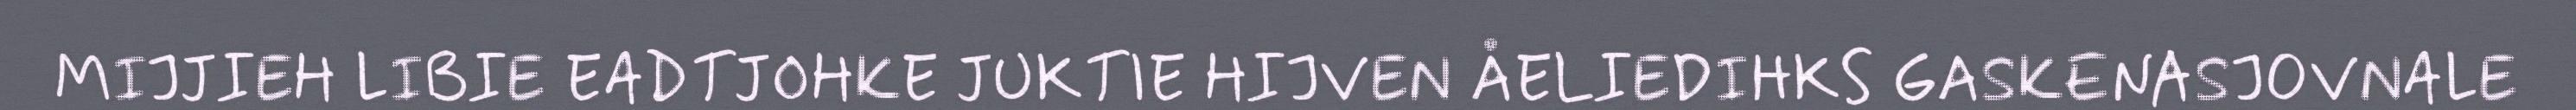
MIJJIEH LIBIE EADTJOHKE JUKTIE HIJVEN ÅELIEDIHKS GASKENASJOVNALE